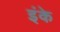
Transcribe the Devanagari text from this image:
इंके